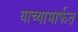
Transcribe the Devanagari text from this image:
याच्यामार्फत